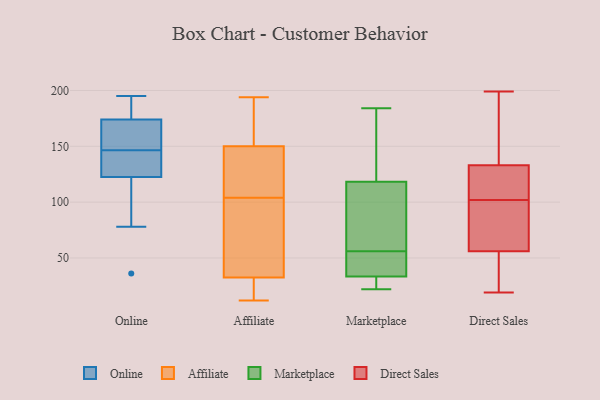
{"axis": {"x": "Population (Million)", "y": "Value"}, "legend": ["Affiliate", "Direct Sales", "Marketplace", "Online"], "data": [{"x": "", "y": 195, "type": "Online"}, {"x": "", "y": 127, "type": "Online"}, {"x": "", "y": 118, "type": "Online"}, {"x": "", "y": 177, "type": "Online"}, {"x": "", "y": 78, "type": "Online"}, {"x": "", "y": 147, "type": "Online"}, {"x": "", "y": 36, "type": "Online"}, {"x": "", "y": 146, "type": "Online"}, {"x": "", "y": 133, "type": "Online"}, {"x": "", "y": 159, "type": "Online"}, {"x": "", "y": 195, "type": "Online"}, {"x": "", "y": 171, "type": "Online"}, {"x": "", "y": 17, "type": "Affiliate"}, {"x": "", "y": 194, "type": "Affiliate"}, {"x": "", "y": 104, "type": "Affiliate"}, {"x": "", "y": 165, "type": "Affiliate"}, {"x": "", "y": 13, "type": "Affiliate"}, {"x": "", "y": 12, "type": "Affiliate"}, {"x": "", "y": 28, "type": "Affiliate"}, {"x": "", "y": 117, "type": "Affiliate"}, {"x": "", "y": 34, "type": "Affiliate"}, {"x": "", "y": 123, "type": "Affiliate"}, {"x": "", "y": 90, "type": "Affiliate"}, {"x": "", "y": 156, "type": "Affiliate"}, {"x": "", "y": 117, "type": "Affiliate"}, {"x": "", "y": 75, "type": "Affiliate"}, {"x": "", "y": 148, "type": "Affiliate"}, {"x": "", "y": 190, "type": "Affiliate"}, {"x": "", "y": 47, "type": "Affiliate"}, {"x": "", "y": 22, "type": "Marketplace"}, {"x": "", "y": 41, "type": "Marketplace"}, {"x": "", "y": 98, "type": "Marketplace"}, {"x": "", "y": 138, "type": "Marketplace"}, {"x": "", "y": 31, "type": "Marketplace"}, {"x": "", "y": 75, "type": "Marketplace"}, {"x": "", "y": 134, "type": "Marketplace"}, {"x": "", "y": 56, "type": "Marketplace"}, {"x": "", "y": 67, "type": "Marketplace"}, {"x": "", "y": 24, "type": "Marketplace"}, {"x": "", "y": 125, "type": "Marketplace"}, {"x": "", "y": 53, "type": "Marketplace"}, {"x": "", "y": 184, "type": "Marketplace"}, {"x": "", "y": 55, "type": "Marketplace"}, {"x": "", "y": 25, "type": "Marketplace"}, {"x": "", "y": 110, "type": "Direct Sales"}, {"x": "", "y": 199, "type": "Direct Sales"}, {"x": "", "y": 82, "type": "Direct Sales"}, {"x": "", "y": 190, "type": "Direct Sales"}, {"x": "", "y": 133, "type": "Direct Sales"}, {"x": "", "y": 94, "type": "Direct Sales"}, {"x": "", "y": 38, "type": "Direct Sales"}, {"x": "", "y": 119, "type": "Direct Sales"}, {"x": "", "y": 56, "type": "Direct Sales"}, {"x": "", "y": 19, "type": "Direct Sales"}]}